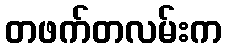
တဖက်တလမ်းက